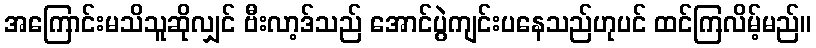
အကြောင်းမသိသူဆိုလျှင် ဗီးလာ့ဒ်သည် အောင်ပွဲကျင်းပနေသည်ဟုပင် ထင်ကြလိမ့်မည်။